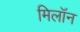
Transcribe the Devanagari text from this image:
मिलॉन